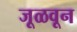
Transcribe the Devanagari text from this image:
जूळवून